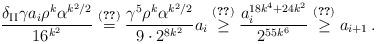
LaTeX: \begin{align*} \frac{\delta_{\rm II}\gamma a_i\rho^k\alpha^{k^2/2}}{16^{k^2}} \overset{\eqref{eq:dgd}}{=} \frac{\gamma^5\rho^k\alpha^{k^2/2}}{9\cdot 2^{8k^2}} a_i \overset{(\ref{eq:dgdr})}{\ge} \frac{a_i^{18k^4+24k^2}}{2^{55k^6}} \overset{\eqref{rec}}{\ge} a_{i+1}\,.\end{align*}